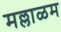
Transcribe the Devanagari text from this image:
मल्लाळम